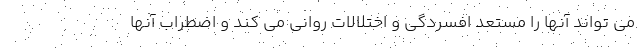
می تواند آنها را مستعد افسردگی و اختلالات روانی می کند و اضطراب آنها